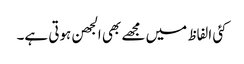
کئی الفاظ میں مجھے بھی الجھن ہوتی ہے۔